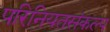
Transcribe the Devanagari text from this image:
परिनियतसंकल्प